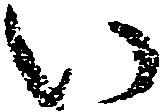
い